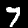
Digit: 7